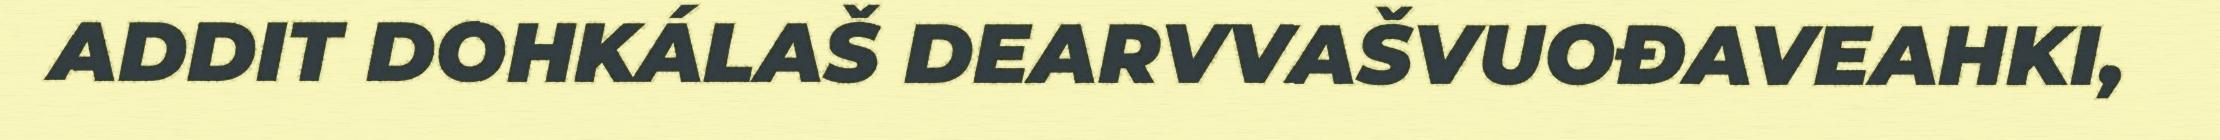
ADDIT DOHKÁLAŠ DEARVVAŠVUOĐAVEAHKI,